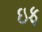
ઇફ